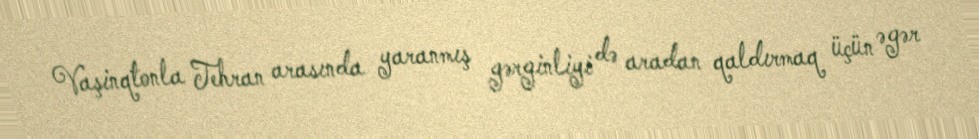
Vaşinqtonla Tehran arasında yaranmış gərginliyi də aradan qaldırmaq üçün əgər